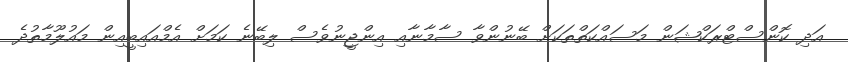
އަދި ކޮންސްޓްރަކްޝަން މަސައްކަތްތަކަށް ބޭނުންވާ ސާމާނާއި އިންޖީނުވެސް ލިބޭނެ ކަމަށް އެމްއައިބީއިން މައުލޫމާތުދެ